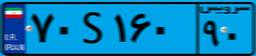
۷۰S۱۶۰۹۰